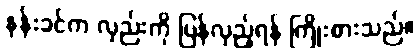
နန်းခင်က လှည်းကို ပြန်လှည့်ရန် ကြိုးစားသည်။